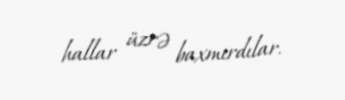
hallar üzrə baxmırdılar.